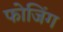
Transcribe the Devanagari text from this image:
फोजिंग